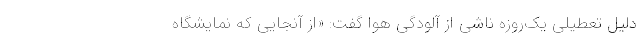
دلیل تعطیلی یک‌روزه ناشی از آلودگی هوا گفت: «از آنجایی که نمایشگاه